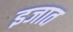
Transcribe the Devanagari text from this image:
इजात